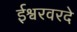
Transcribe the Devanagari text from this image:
ईश्वरवरदे